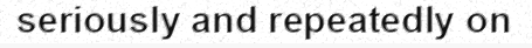
seriously and repeatedly on